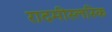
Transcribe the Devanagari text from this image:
रादमीस्लस्कि